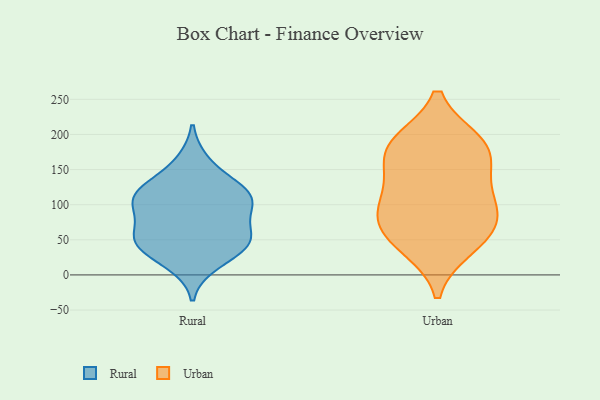
{"axis": {"x": "Gross Profit (USD K)", "y": "Value"}, "legend": ["Rural", "Urban"], "data": [{"x": "", "y": 120, "type": "Rural"}, {"x": "", "y": 49, "type": "Rural"}, {"x": "", "y": 91, "type": "Rural"}, {"x": "", "y": 122, "type": "Rural"}, {"x": "", "y": 56, "type": "Rural"}, {"x": "", "y": 102, "type": "Rural"}, {"x": "", "y": 103, "type": "Rural"}, {"x": "", "y": 17, "type": "Rural"}, {"x": "", "y": 42, "type": "Rural"}, {"x": "", "y": 116, "type": "Rural"}, {"x": "", "y": 57, "type": "Rural"}, {"x": "", "y": 40, "type": "Rural"}, {"x": "", "y": 160, "type": "Rural"}, {"x": "", "y": 170, "type": "Urban"}, {"x": "", "y": 39, "type": "Urban"}, {"x": "", "y": 123, "type": "Urban"}, {"x": "", "y": 189, "type": "Urban"}, {"x": "", "y": 46, "type": "Urban"}, {"x": "", "y": 65, "type": "Urban"}, {"x": "", "y": 92, "type": "Urban"}, {"x": "", "y": 82, "type": "Urban"}, {"x": "", "y": 142, "type": "Urban"}, {"x": "", "y": 92, "type": "Urban"}, {"x": "", "y": 189, "type": "Urban"}, {"x": "", "y": 182, "type": "Urban"}]}